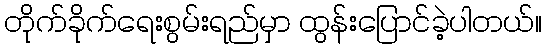
တိုက်ခိုက်ရေးစွမ်းရည်မှာ ထွန်းပြောင်ခဲ့ပါတယ်။